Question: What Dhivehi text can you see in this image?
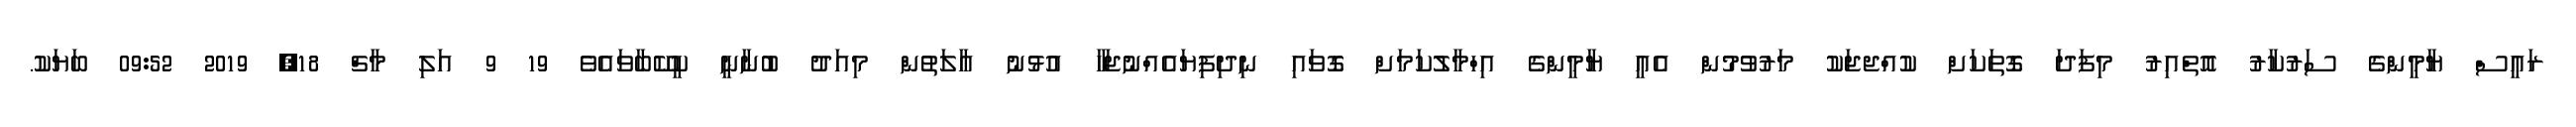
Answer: ރައީސް ޔާމީންގެ ސަރުކާރު އޮތްއިރު މިފަދަ ގޮތަކަށް ކުއްޖޖަކު މަރުވުމުން އެއީ ޔާމީންގެ އިހްމާލުކަމަށް ގޮވައި ނިދިފިޔައެއްނުޖަހާ އުޅުނު އާލަތުން މިއަދު ބުނާނީ ކީކޭބާވައެވެ 19 9 އަލި މާޗް 18, 2019 09:52 ބަޔަކު.